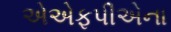
એએફપીએના